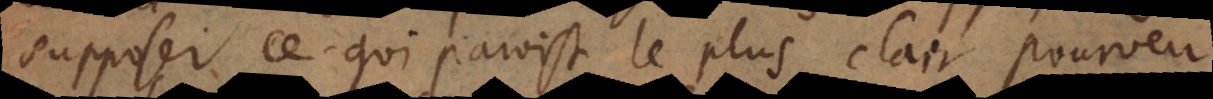
supposer ce qui paroist le plus clair, pourveu